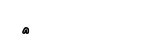
٤